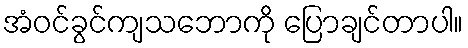
အံဝင်ခွင်ကျသဘောကို ပြောချင်တာပါ။